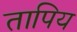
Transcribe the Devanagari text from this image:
तापिय